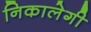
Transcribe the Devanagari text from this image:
निकालेगी